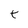
Character: t